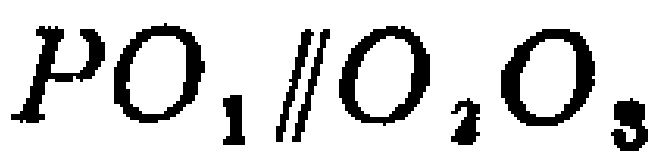
$PO_{1}\parallel O_{2}O_{3}$